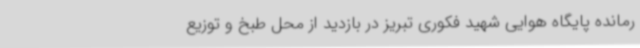
رمانده پایگاه هوایی شهید فکوری تبریز در بازدید از محل طبخ و توزیع